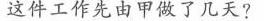
这件工作先由甲做了几天?